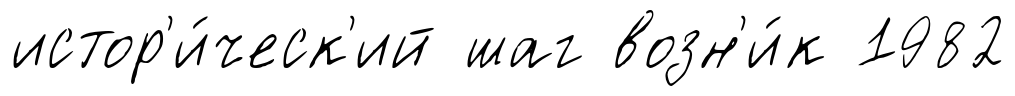
истор'и́ческ'ий шаг возн'и́к 1982